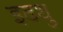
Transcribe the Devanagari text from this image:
इदथु